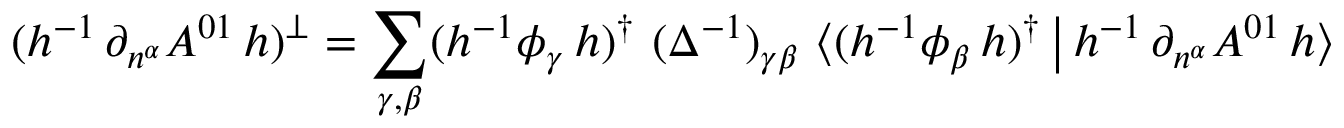
( h ^ { - 1 } \, \partial _ { n ^ { \alpha } } A ^ { 0 1 } \, h ) ^ { \bot } = \sum _ { \gamma , \beta } ( h ^ { - 1 } \phi _ { \gamma } \, h ) ^ { \dagger } \ ( \Delta ^ { - 1 } ) _ { \gamma \beta } \ \big \langle ( h ^ { - 1 } \phi _ { \beta } \, h ) ^ { \dagger } \, \big | \, h ^ { - 1 } \, \partial _ { n ^ { \alpha } } A ^ { 0 1 } \, h \big \rangle